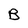
Character: B